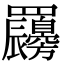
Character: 𦍇